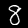
Digit: 8